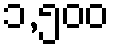
၁,၅၀၀